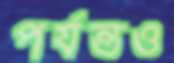
পর্যন্তও